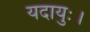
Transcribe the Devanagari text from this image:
यदायुः।